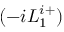
( - i L _ { 1 } ^ { i + } )